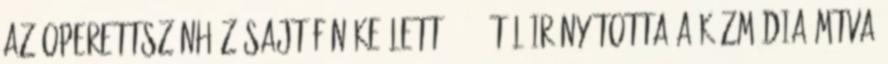
az Operettszínház sajtófőnöke lett. 2012-től irányította a közmédia MTVA